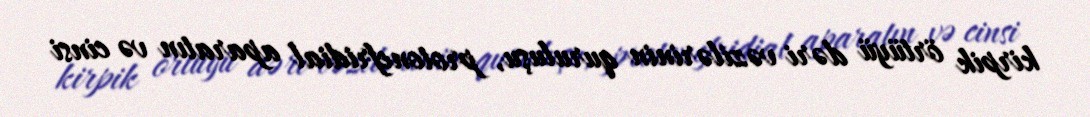
kirpik örtüyü dəri vəzilərinin quruluşu, protonefridial aparatın və cinsi